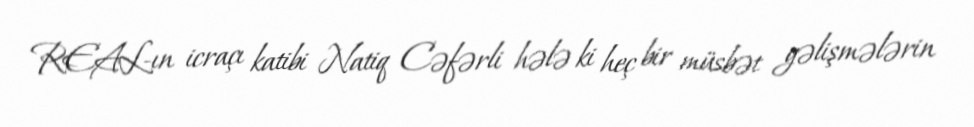
REAL-ın icraçı katibi Natiq Cəfərli hələ ki heç bir müsbət gəlişmələrin